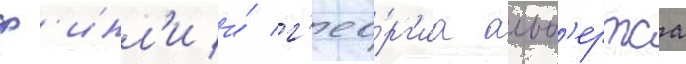
ф'инл'и и́ г'ео́рг'иа альб'ертса